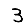
Digit: 3